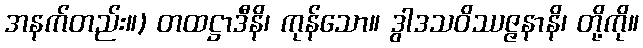
အနက်တည်း။) တထဋ္ဌာဒီနိ၊ ကုန်သော။ ဒွါဒသဝိဿဇ္ဇနာနိ၊ တို့ကို။